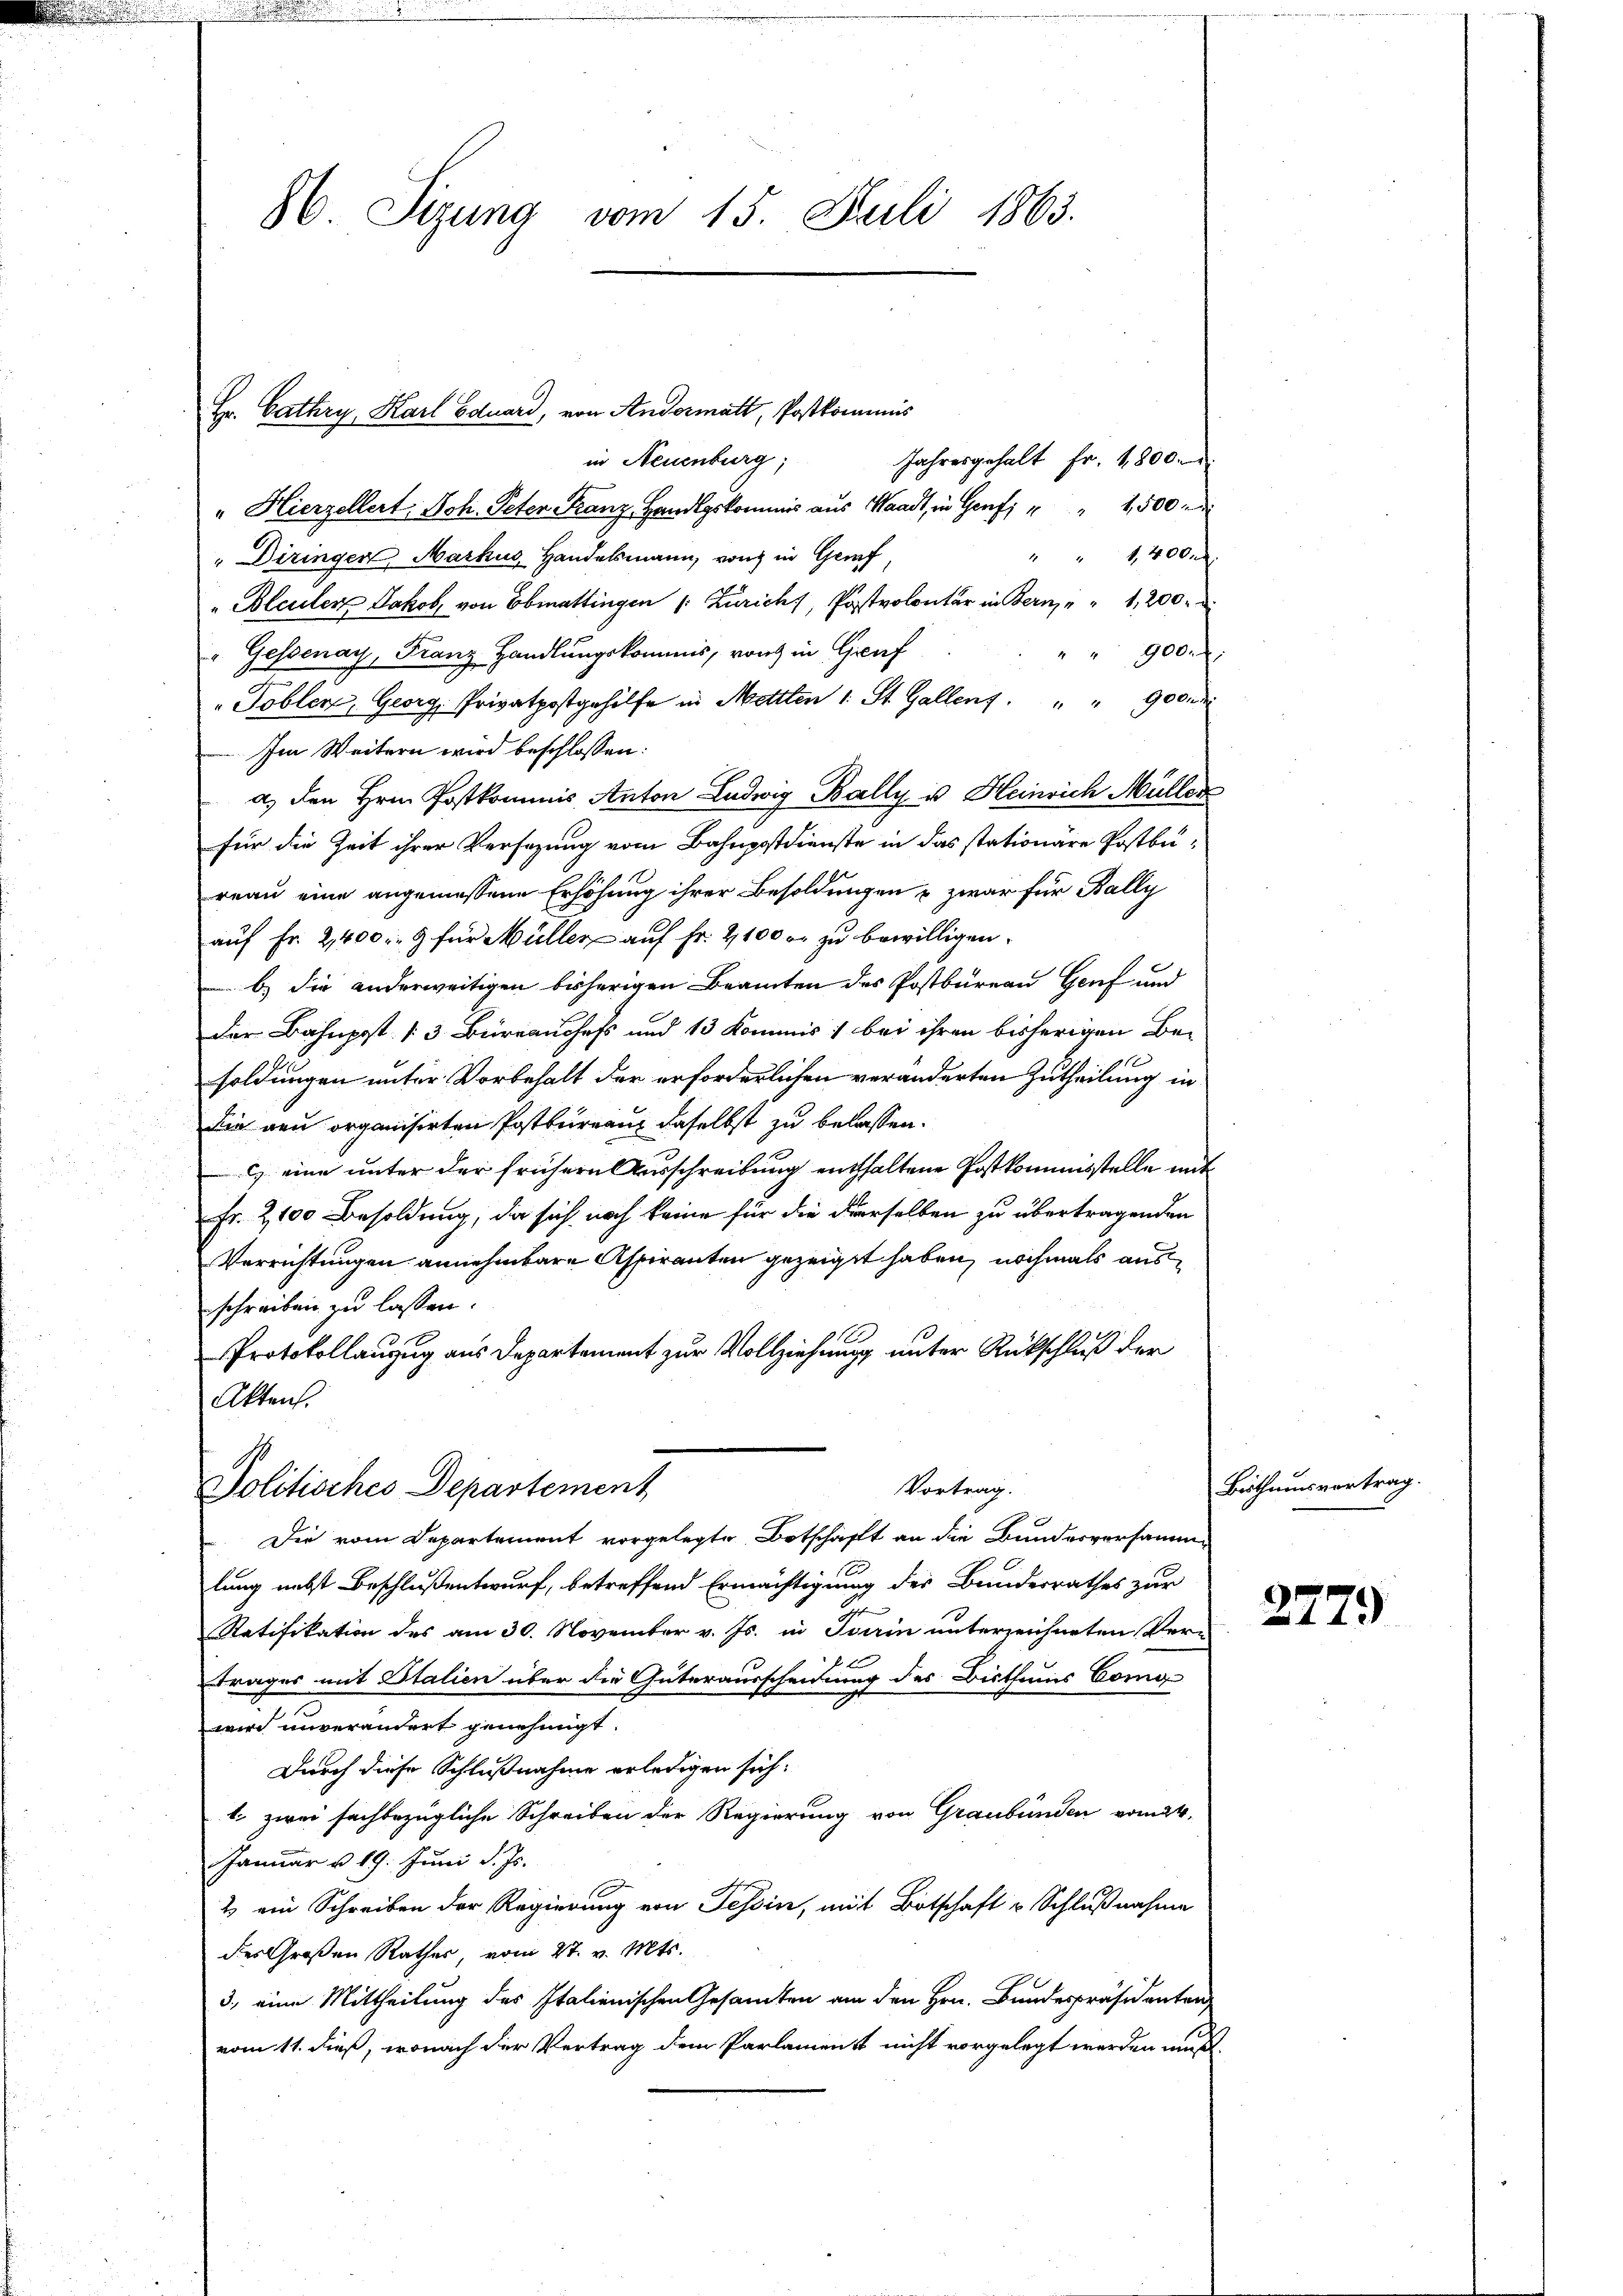
86. Sitzung vom 15. Juli 1863.

in Neuenburg;
" Hierzellert Joh. Peter Franz Handlgskommis aus Waadt, in Genf, " " 1500
1400f
1
" Diringer, Markus Handelsmann, von in Genf
" Bleuler Jakob, von Ebmattingen (: Zürich, Postvolontär in Berne 1,200.
"Gessenay, Franz Handlungskommis, von in Greif
" " 900 l.
"Toblen, Georg, Privatpostgehilfe in Mettlen 1. St. Gallent. " " 900
Im Weitern wird beschlossen:
a) den Hrn. Postkommis Anton Ludwig Bally u. Heinrich Müller
für die Zeit ihrer Versagung vom Bahnpostdienste in das stationare Postbureau eine angemessene Erhöhung ihrer Besoldungen & zwar für Bally
auf Fr. 2,400. 9 für Müller auf Fr. 2100 er zu bewilligen.
b) die anderweitigen bisherigen Beamten des Postbureau Genf und
der Bahnpost 3 Büreauchefs und 13 Kommis, bei ihren bisherigen Besoldungen unter Vorbehalt der erforderlichen veränderten Zutheilung in
Die neu organisirten Postbureau daselbst zu belassen.
) eine unter der frühern Ausschreibung enthaltene Postkommisstelle mit
Fr. 2,100 Besoldung, da sich noch keine für die derselben zu übertragenden
Verrichtungen annehmbare Aspiranten gezeigt haben, nochmals ausschreiben zu lassen.
Protokollanzug aus Departement zur Vollziehung unter Rückschluß der
Akten.

Hr. Cathry, Karl Eduard, von Andermatt, Postkommis

Jahresgehalt Fr. 1800.

Vortrag.
Politisches Departement

Die vom Departement vorgelegte Botschaft an die Bundesversammlung nebst Beschlußentwurf, betreffend Ermächtigung der Bundesrathes zur
Ratifikation des am 30. November v. Js. in Sein unterzeichneten Ver¬
Trages mit Italien über die Güterausscheidung des Bisthums Comp
wird unverändert genehmigt.
Durch diese Schlußnahme erledigen sich:
1. zwei sachbezügliche Schreiben der Regierung von Graubünden vom 24.
Januar u. 19. Juni d. Js.
2 ein Schreiben der Regierung von Tessin, mit Botschaft u Schlußnahme
des Großen Rathes, vom 27. v. Mts.
3., eine Mittheilung des Italienischen Gesamten am den Hrn. Bundespräsidenten
vom 11. dieß, wonach der Vertrag dem Parlamenst nicht vorgelegt werden muß.

Bisthumsvortrag.

2779